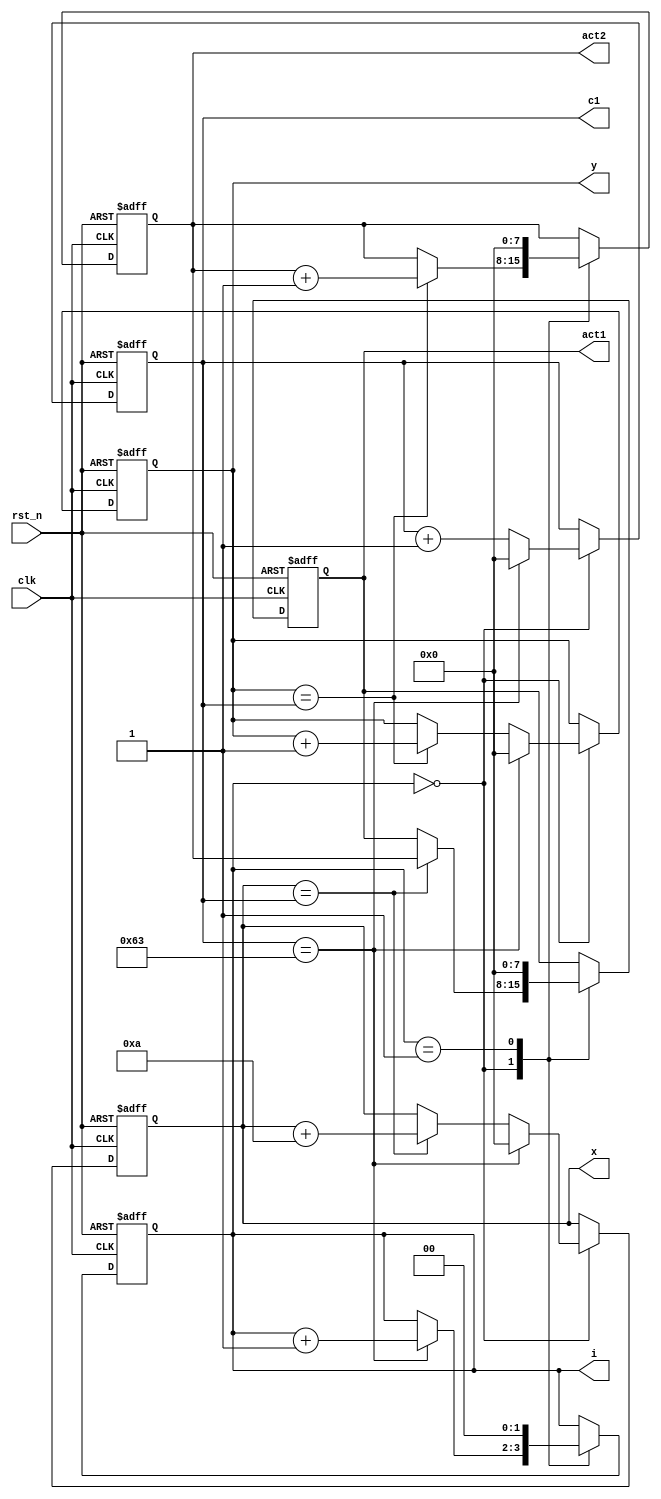
/*
C: ,--

for(x = 0; x < 10; x++)
{
    act1 = act2;
    
    for(y = 0; y < 10; y ++)
        act2++;
}
*/


module exp1_7b
(
    input clk,
    input rst_n,

    output reg [7:0] c1,
    output reg [7:0] x,
    output reg [7:0] y,
    output reg [7:0] act1,
    output reg [7:0] act2,
    output reg [1:0] i
);

    always @(posedge clk or negedge rst_n)
    begin
        if(~rst_n)
        begin
            c1 <= 8'd0;
            x <= 8'd0;
            y <= 8'd0;
            act1 <= 8'd0;
            act2 <= 8'd0;
            i <= 2'd0;
        end
        else
        begin
            case(i)
            
                
                0:
                begin
                
                    if(x == c1) //0 10 20 30 40 50 60 70 80 90
                    begin
                        x <= x + 8'd10;
                        // act1 <= act2;
                        act1 = act2;
                    end
                    
                    if(y == c1)
                    begin
                        y <= y + 1'b1;
                        act2 <= act2 + 1'b1;
                    end
                    
                    if(c1 == 100-1)
                    begin
                        c1 <= 8'd0;
                        x <= 8'd0;
                        y <= 8'd0;
                        i <= i + 1'b1;
                    end
                    else
                        c1 <= c1 + 1'b1;
                
                end
                    
                1:
                 begin
                    act1 <= 8'd0;
                    act2 <= 8'd0;
                    i <= 0;
                end
                
            endcase
        end
    end
    
    
endmodule